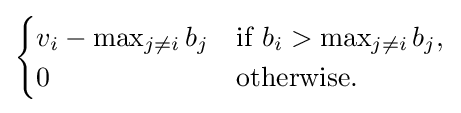
{\begin{cases}v_{i}-\max _{j\neq i}b_{j}&{\text{if }}b_{i}>\max _{j\neq i}b_{j},\\0&{\text{otherwise.}}\end{cases}}